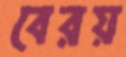
বেরয়